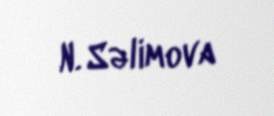
N. Səlimova